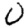
Digit: 0